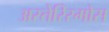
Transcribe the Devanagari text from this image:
अस्तेरिस्मोस